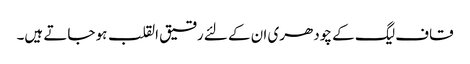
قاف لیگ کے چودھری ان کے لئے رقیق القلب ہو جاتے ہیں۔